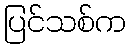
ပြင်သစ်က